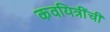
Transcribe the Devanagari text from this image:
कवयित्रींची